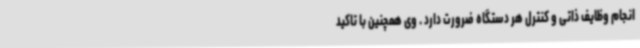
انجام وظایف ذاتی و کنترل هر دستگاه ضرورت دارد . ‌وی همچنین با تاکید